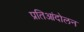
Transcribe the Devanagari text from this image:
प्रतिआंदोलन